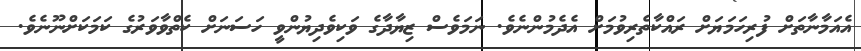
އެއަމާނާތަށް ފުރިހަމަޔަށް ރައްކާތެރިވުމަށް އެދެމުންނެވެ. ނަމަވެސް ޒިޔާދާގެ ވަކިވެދިޔުންވީ ހަސަނަށް ކެތްވާވަރުގެ ކަމަކަށްނޫނެވެ.